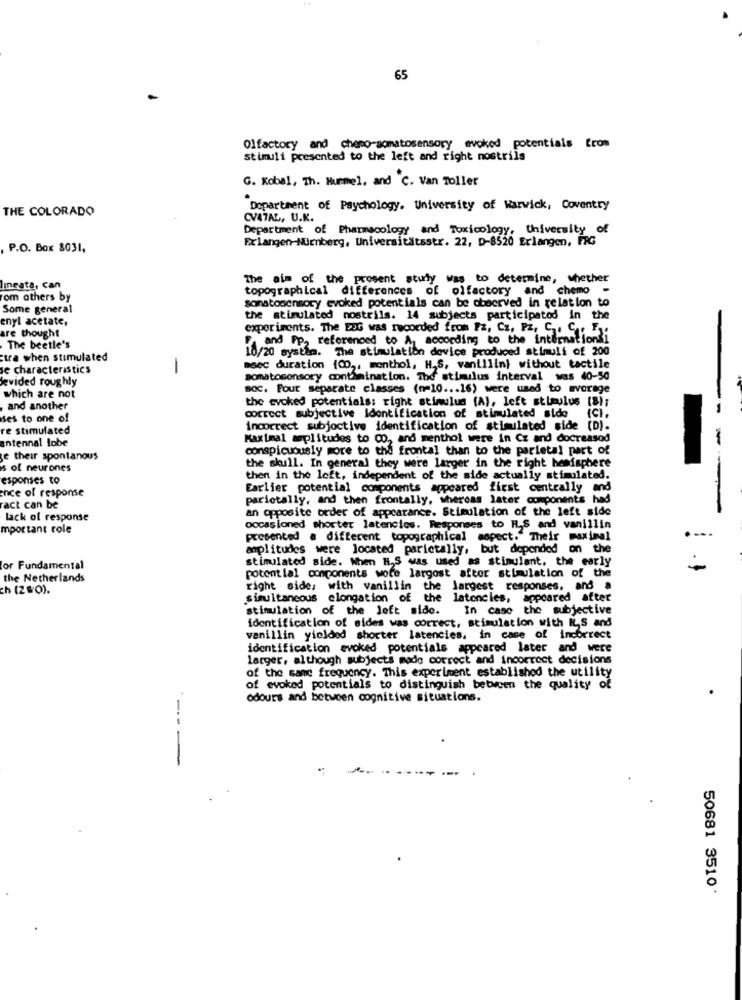
65
Olfactory and chemo-somatosensory evoked potentials from
stimuli presented to the left and right nostrils
G. Kobal, Th. Hummel, and C. Van Toller
THE COLORADO
Department of Psychology. University of Warwick, Coventry
CV47AL, U.K.
Department of Pharmacology and Toxicology, University of
Exlangen-Nurnberg, Universitätsstr. 22, D-8520 Erlangen, FIG
P.O. Box 8031,
The aim of the prosent sturly was to determine, whether
Ineata, can
topographical differences of olfactory and chemo -
Tom athers by
sonatosensory evoked potentials can be observed in relation to
Some general
enyl acetate,
the stimulated nostrils. 14 subjects participated in the
are thought
expor ients. The FOG was recorded from Fz, Cz, Pz, S. C .. E.
[ and Pp2 referenced to A according to the international
The beetle's
10/20 system. The stimulation device produced stimuli of 200
ctra when stimulated
se characteristics
-
msec duration (CD ,, menthol, H.S, vanillin) without tactile
levided roughly
somatosensory contamination. Tho stimulus interval was 40-50
soc. Four separate classes (n=10 ... 16) were used to avorage
which are not
the evoked potentials: right stimulus (A), left stimulus (8);
and another
ICI.
-
ses to one of
correct subjective Identification of stimulated sido
re stimulated
incorrect subjective identification of stimulated side (D).
antennal lobe
Maximal mplitudes to CO. and menthol were in Cz and docreasod
-
conspicuously more to the frontal than to the parietal part of
e their spontanous
s of neurones
the skull. In general they were larger in the right hemisphere
esponses to
then in the left, independent of the side actually stimulated.
ence of response
Earlier potential components appeared first centrally and
parietally, and then frontally, whereas later components had
act can be
an opposite order of appearance. Stimulation of the left side
lack of response
mportant role
occasioned shorter latencies. Responses to H.S and vanillin
presented a different topographical aspect. Their maximal
amplitudes were located parictally, but depended on the
stimulated side. When H.S was used as stimulant, the early
or Fundamental
potential conponents wore largost after stimulation of the
the Netherlands
ch (2WO).
right side, with vanillin the largest responses, and a
simultaneous elongation of the latencies, appeared after
stimulation of the left side.
In case the subjective
identification of sides was correct, stimulation with ILS and
vanillin yielded shorter latencies. in case of incorrect
identification evoked potentials appeared later and were
larger, although subjects made correct and incorrect decisions
of the same frequency. This experiment established the utility
of evoked potentials to distinguish between the quality of
odours and between cognitive situations.
- -
50681 3510.